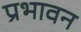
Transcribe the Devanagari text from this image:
प्रभावन